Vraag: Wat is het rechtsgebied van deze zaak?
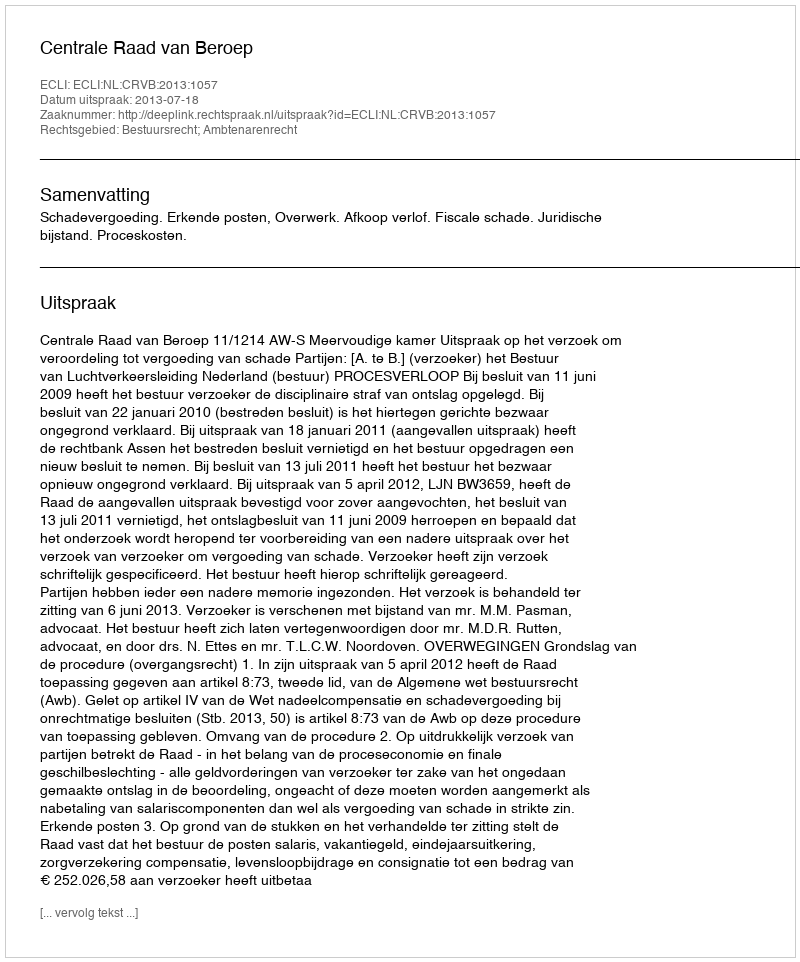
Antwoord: Bestuursrecht; Ambtenarenrecht